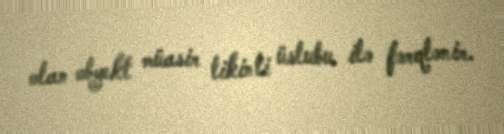
olan obyekt müasir tikinti üslubu ilə fərqlənir.